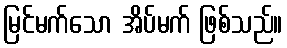
မြင်မက်သော အိပ်မက် ဖြစ်သည်။